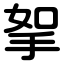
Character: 挐